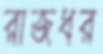
রাজধর